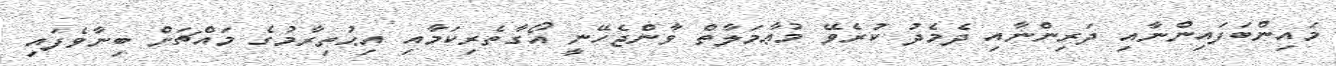
މައިންބަފައިންނާއި ދަރިންނާއި ދެމެދު ކުރެވޭ މުޢާމަލާތް ވާންޖެހޭނީ އޯގާތެރިކަމާއި އިޙުތިރާމުގެ މައްޗަށް ބިނާވެފައި